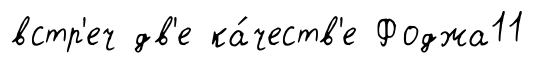
встр'еч дв'е ка́честв'е Фоджа11